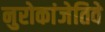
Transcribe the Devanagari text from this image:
नुरोकांजेतिवे